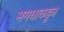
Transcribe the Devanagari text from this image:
मगधाकडून